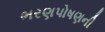
ભરણપોષણની